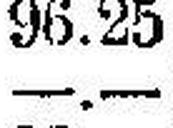
—.—